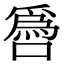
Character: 噕